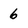
Character: 6